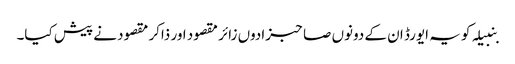
بنبیلہ کو یہ ایورڈ ان کے دونوں صاحبزادوں زائر مقصود اور ذاکر مقصود نے پیش کیا۔